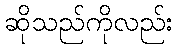
ဆိုသည်ကိုလည်း